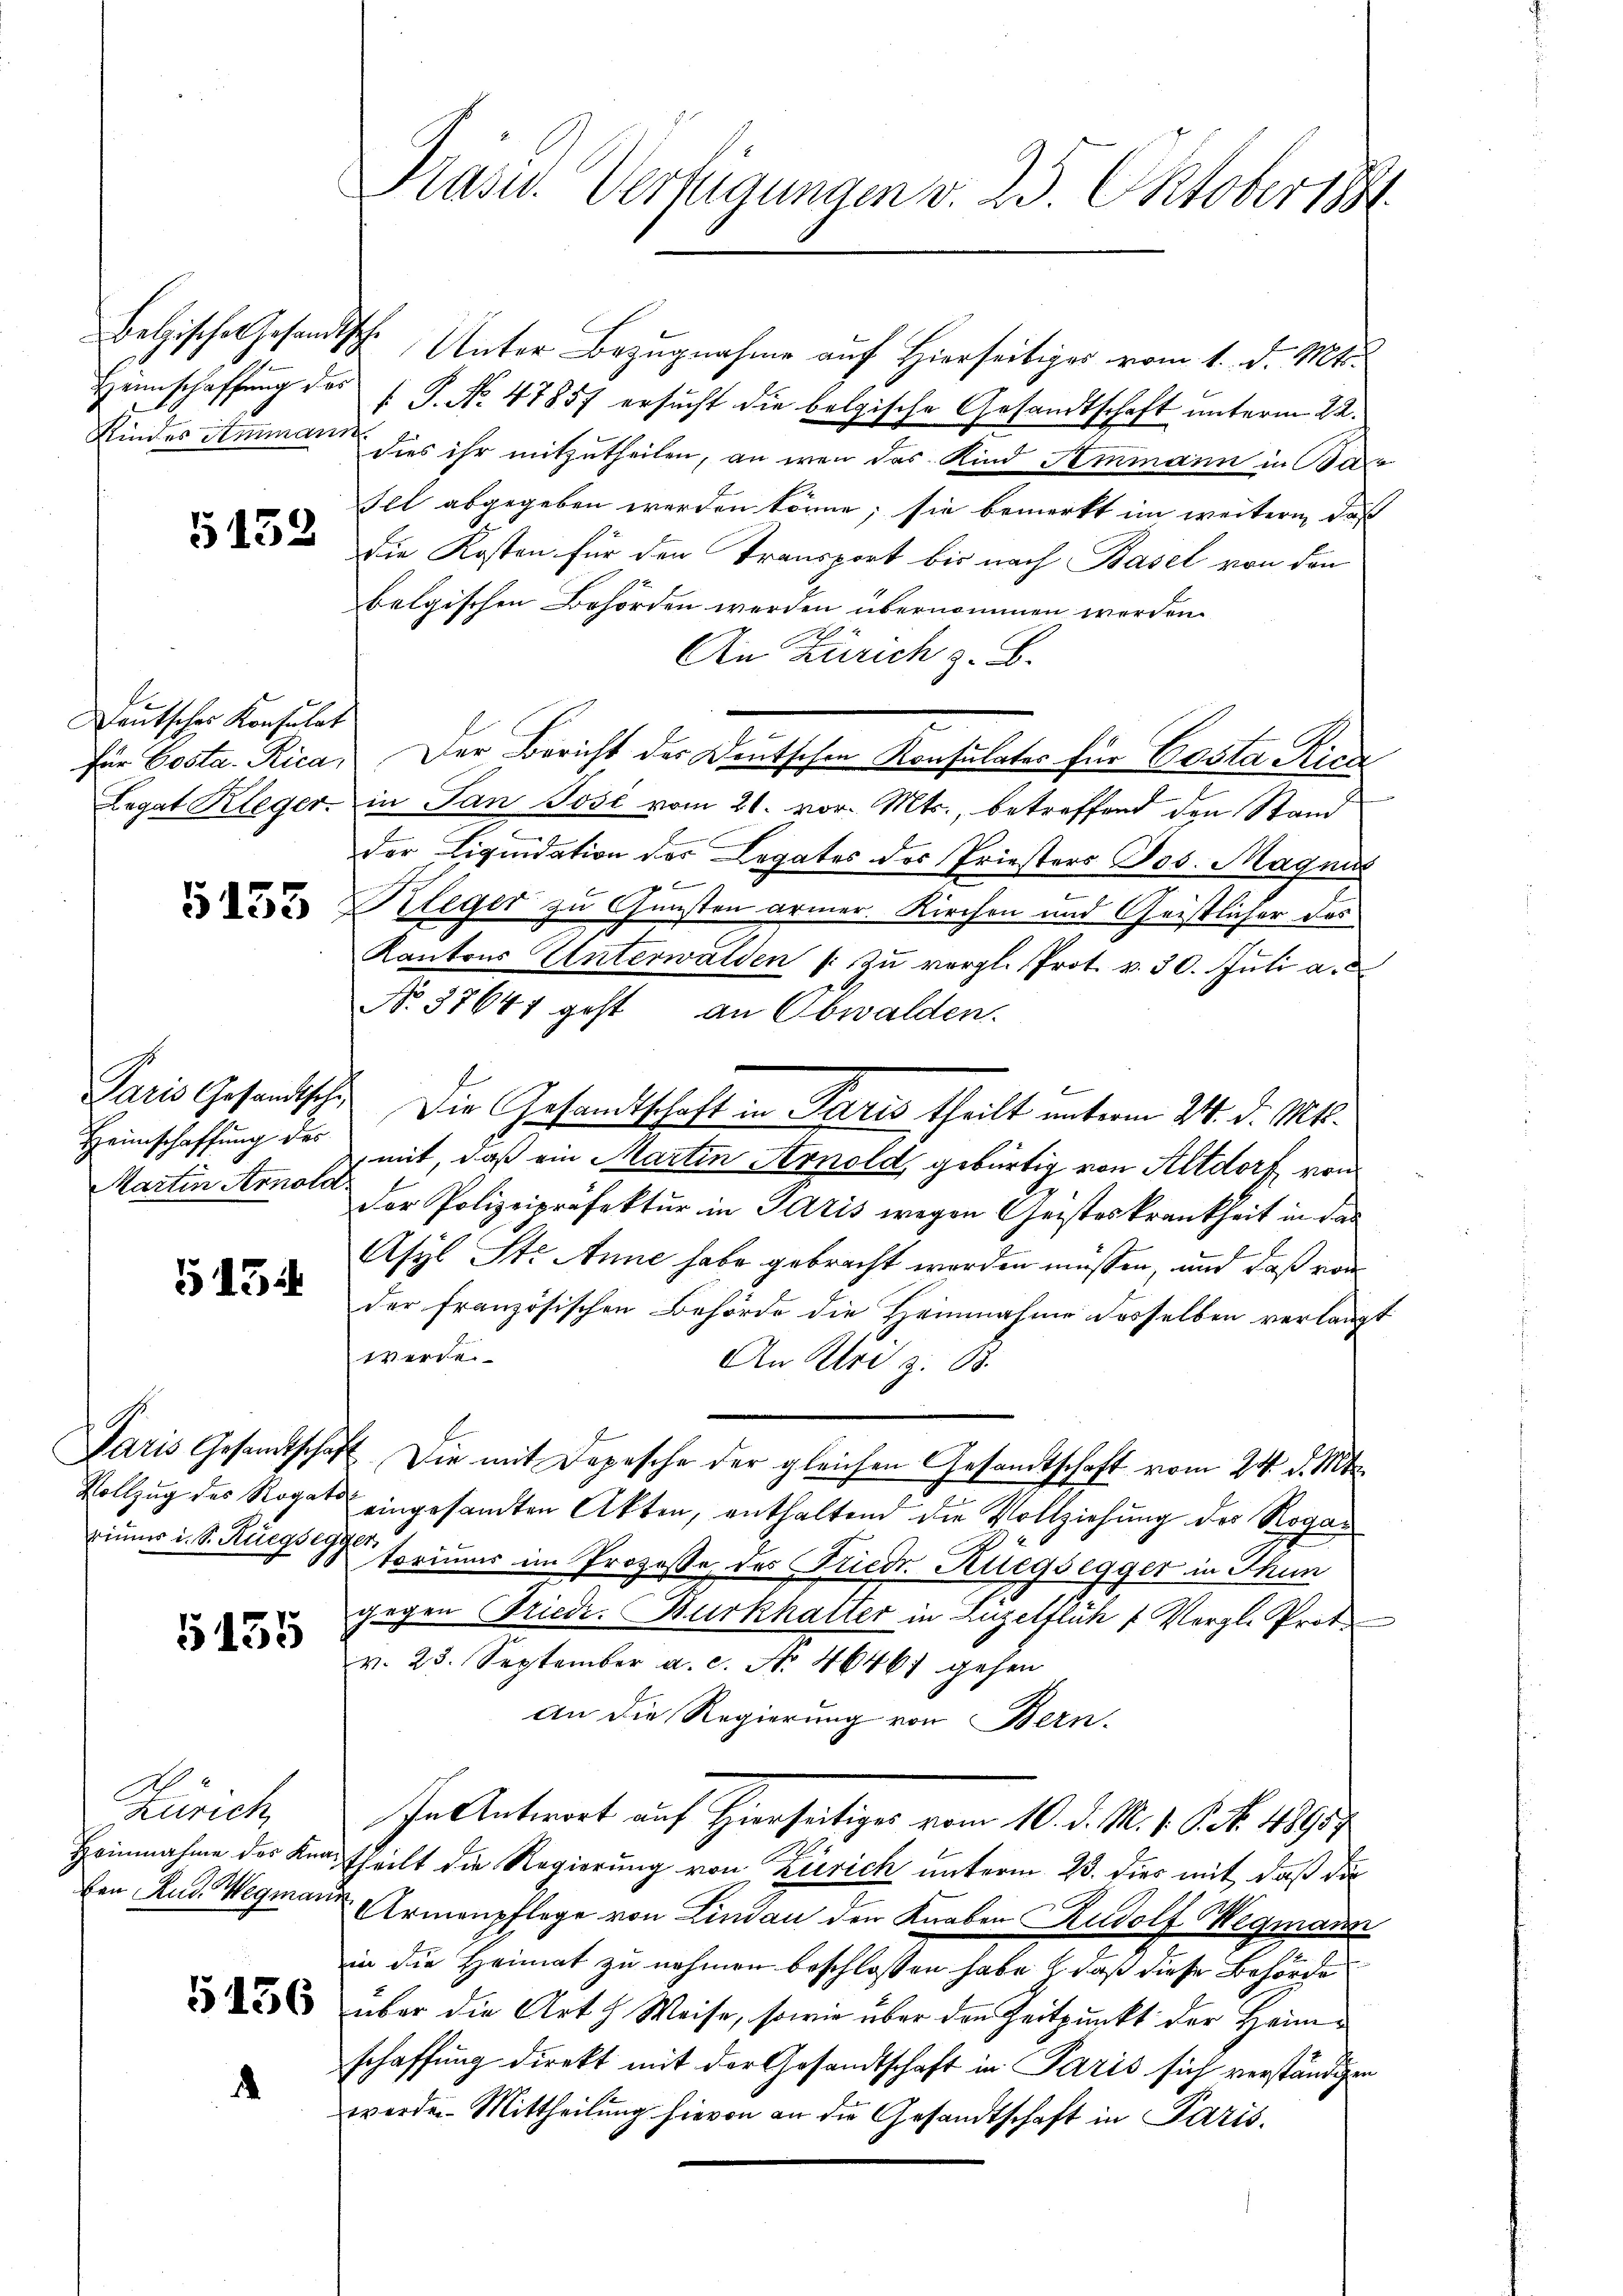
Heimschaffung des
Kindes Ammann

5153

Deutscher Konsulat
Legat Kleger.

Heimschaffung des
Martin Arnold

5154

5155

Zürich
Heinnahme des Knaden Rud. Wegmari.

d

Kasw. Verfügungen v. 25. Oktober 1891

Belzische Gesandtsche Unter Bezugnahme auf Hierseitiger vom 1. d. Mts.
f. J. No. 47857 ersucht die belgische Gesandtschaft unterm 22.
dies ihr mitzutheilen, an wenn das Kind Temmann in Be¬
Fel abgegeben werden könne; sie bemerkt im weitern, daß
Die Kosten für den Transport bis nach Basel von den
belgischen Behörden werden übernommen worden.
An Zürich z. B.
für Costa. Rica. Der Bericht der Deutschen Konsulater für Posta Riede
in Pan Jose vom 21. vor. Mts., betreffend den Stand
der Liquidation der Legates des Priesters Jos. Magnus
f
 Die Kleger zu Gunsten armer. Kirchen und Geistlicher das
Kantons Unterwalden (: Zu vergl. Prot. v. 30. Juli a.
No. 37647 geht an Obwalden.
Paris Gesandtsche Die Gesandtschaft in Paris theilt unterm 24. d. Mts.
mit, daß ein Martin Arnold gebürtig von Altdorf von
der Polizeipräfektur in Paris wegen Geisteskrankheit in das
Asyl St. Anne habe gebracht werden müssen, und daß von
der französischen Behörde die Heinnahme desselben verlangt
werde.
An Uri z. B.
Paris Gesandtschaft. Die mit Depesche der gleichen Gesandtschaft vom 24. d. Mts.
Vollzug des Rogat eingesamten Akten, enthaltend die Vollziehung der Rogar
rinners u. S. Ruegg sprimar im Prozesse des Friedr. Kuegsegger in Thun
gegen Friede. Burkhalter in Luzelflich u. Vergl. Prot
v. 25. September a. c. No. 46467 gehen
An die Regierung von Bern-
In Antwort auf Hierseitiger vom 10. d. M. 1. A. b. 18907
theilt die Regierung von Zürich unterm 23. dies mit daß die
Armenpflege von Lindau den Knaben Rudolf Wegmann
in die Heimat zu nehmen beschlossen habe, daß diese Behörde
 über die Arth Weise, sowie über den Zeitpunkt der Heimschaffung direkt mit der Gesandtschaft in Paris sich verständigen
werden Mittheilung hievon an die Gesandtschaft in Paris,